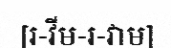
[រ-វីម-រ-វាម]